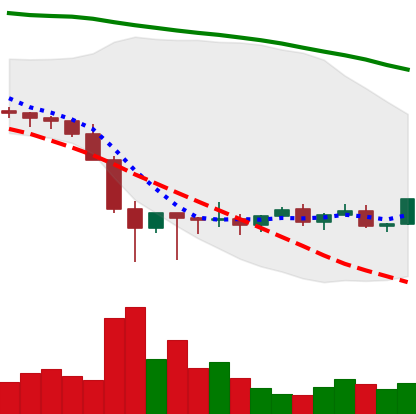
Ticker: XLM-USD
Chart end date: 2022-02-04
Forward return: 14.311%
Label: up_7plus